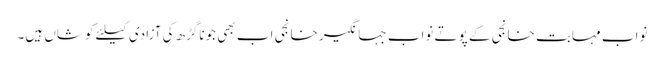
نواب مہابت خانجی کے پوتے نواب جہانگیر خانجی اب بھی جوناگڑھ کی آزادی کیلئے کوشاں ہیں۔